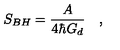
S _ { B H } = { \frac { A } { 4 \hbar G _ { d } } } \quad ,